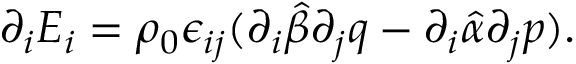
\partial _ { i } E _ { i } = \rho _ { 0 } \epsilon _ { i j } ( \partial _ { i } \hat { \beta } \partial _ { j } q - \partial _ { i } \hat { \alpha } \partial _ { j } p ) .